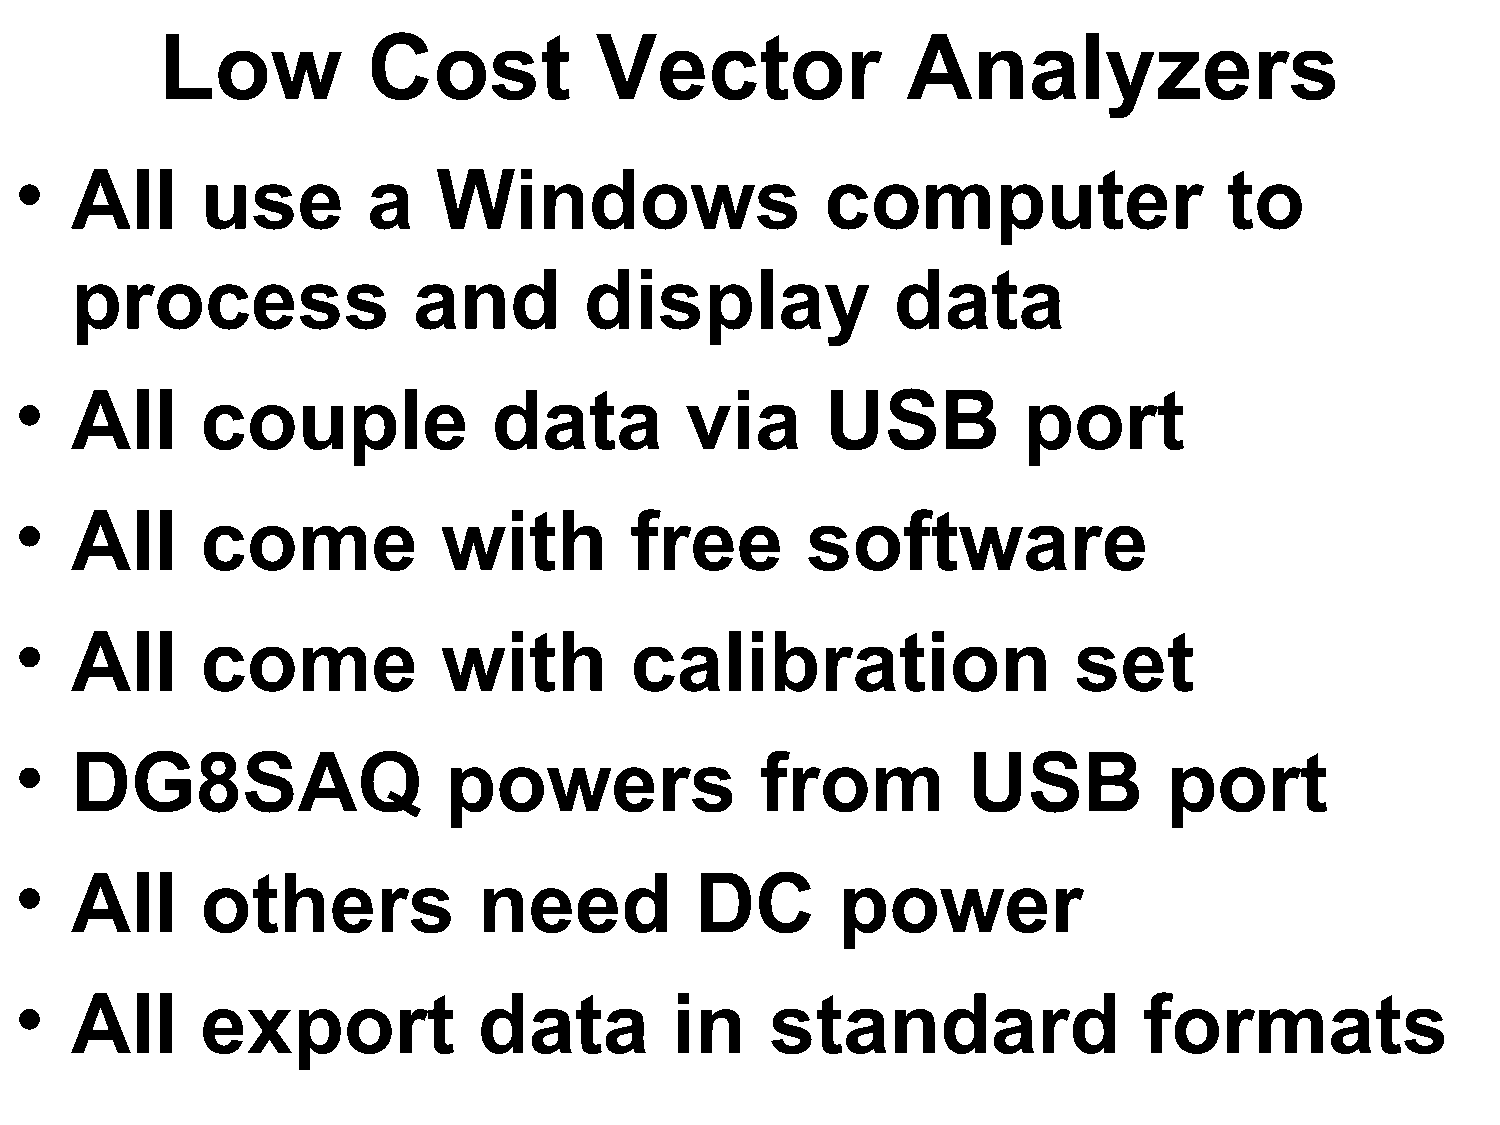
Low          Cost           Vector               Analyzers
 •   All     use        a    Windows                   computer                  to
 process               and         display             data
 •   All     couple              data        via       USB          port
 •   All     come            with         free       software
 •   All     come            with         calibration                  set
 •   DG8SAQ                  powers               from          USB          port
 •   All     others             need          DC        power
 •   All     export             data        in     standard                 formats